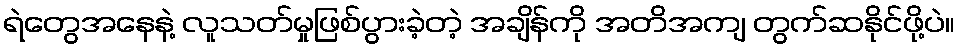
ရဲတွေအနေနဲ့ လူသတ်မှုဖြစ်ပွားခဲ့တဲ့ အချိန်ကို အတိအကျ တွက်ဆနိုင်ဖို့ပဲ။